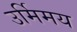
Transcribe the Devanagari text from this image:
उर्मिमय